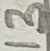
Text: 13